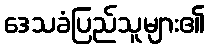
ဒေသခံပြည်သူများ၏